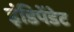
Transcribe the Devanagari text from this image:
इंडिपेंडेट